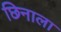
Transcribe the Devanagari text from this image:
छिनाला